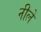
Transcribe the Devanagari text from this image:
नीले